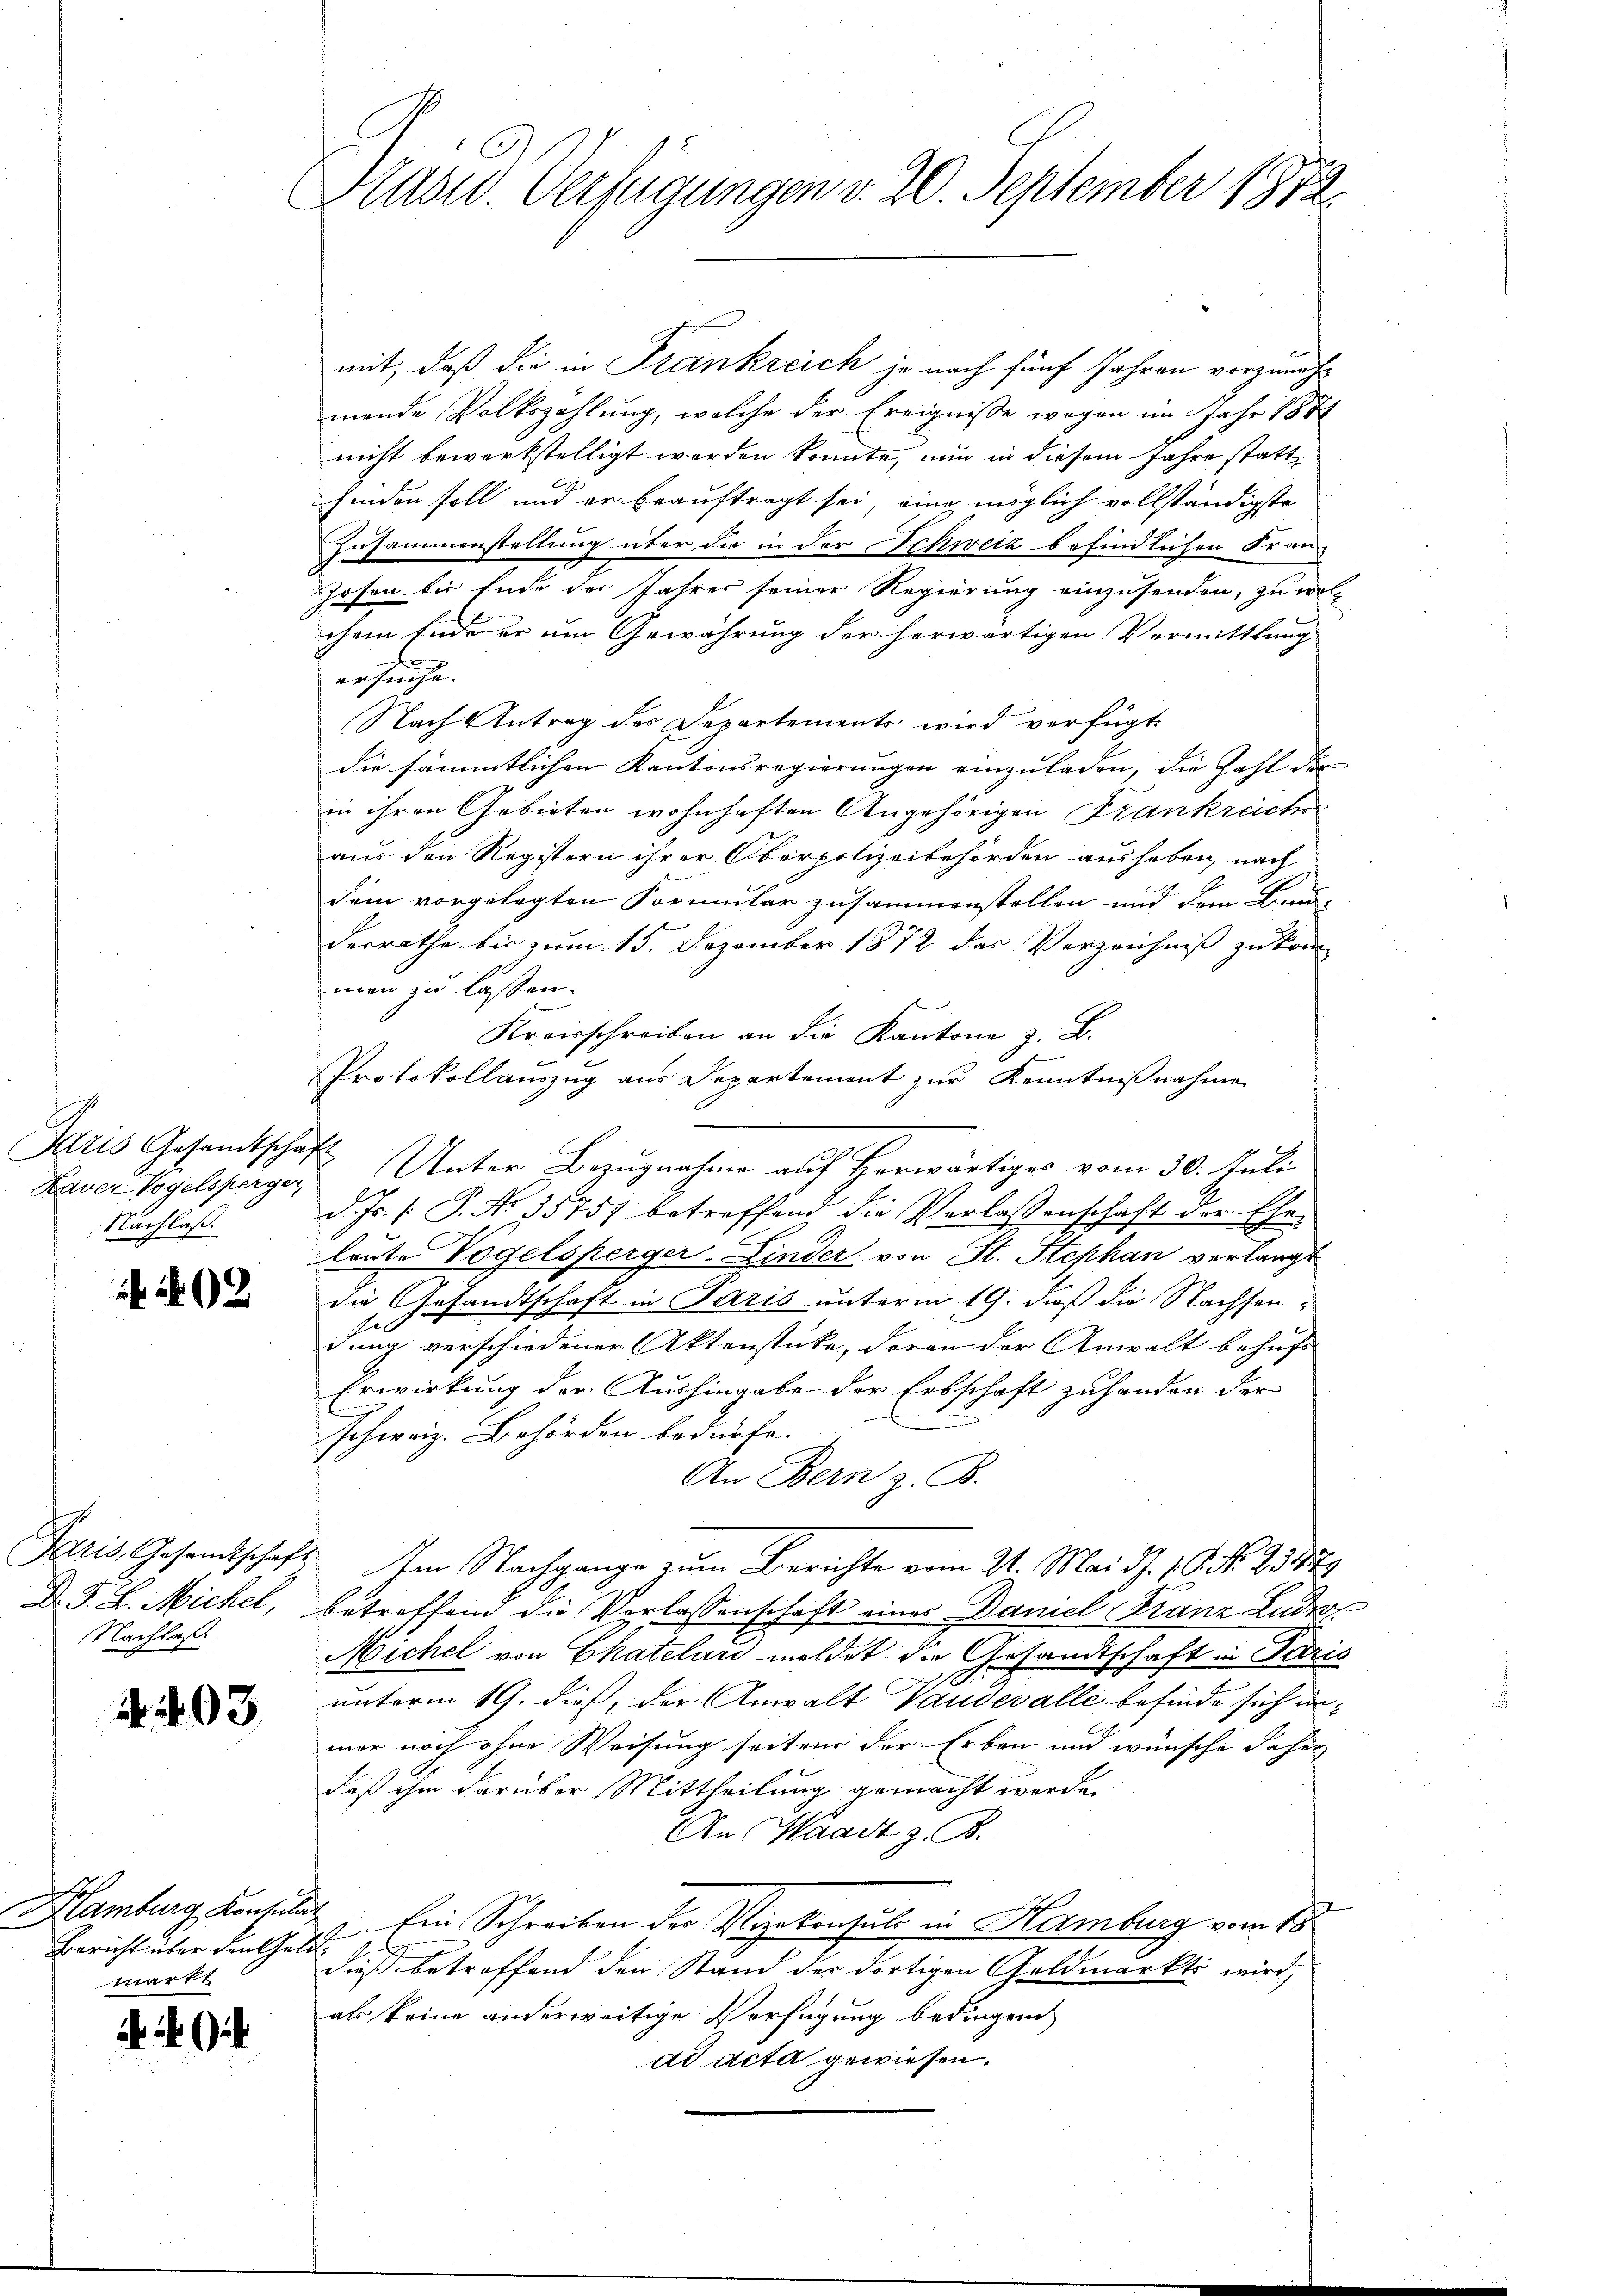
Paris Gesandtschaft
Kaver Vogelsperger
Nachlaß.

92

D. F. L. Michel,
Nachlaß

03.

Bericht über den Geld
markt

. 24

Adsw. Verfügungen v. 20. September 1872.

mit, daß die in Frankreich je nach fünf Jahren vorzunehmende Volkszahlung, welche der Ereignisse wegen im Jahr 1884
nicht bewerkstelligt worden könnte, nun in diesem Jahre statt
finden soll und er beauftragt sei, eine möglich vollständigste
Zusammenstellung über die in der Schweiz befindlichen Fran
Josen bis Ende der Jahres seiner Regierung einzusenden, zu wolchem Ende er um Gewährung der herwärtigen Vermittlung
.
ersuche.
Nach Antrag des Departements wird verfügt:
die sämmtlichen Kantonsregierungen einzuladen, die Zahl der
in ihren Gebieten wohnhaften Angehörigen Frankreiche
aus den Registern ihrer Oberpolizeibehörden aushaben, nach
dem vorgelegten Formular zusammenstellen und dem Band-
derrathe bis zum 15. Dezember 1872 das Verzeichnis zukom
men zu lassen.
e
Kreisschreiben an die Kantone z. B.
Protokollauszug aus Departement zur Kenntnißnahme
Unter Bezugnahme auf Herwärtiger vom 30. Juli
d. Js. f. P. Nr. 35757 betreffend die Verlassenschaft der Ehe-
leute Vogelsperger-Linder von St. Stephan verlangt
die Gesandtschaft in Paris unterm 19. daß die Nachsen¬
1
dung verschiedener Aktenstücke, deren der Anwalt behufs
Erwirkung der Aushingabe der Erbschaft zu handen der
schweiz. Behörden bedürfe.
An Bern z. B.
Paris Gesandtschaft Im Nachgange zum Berichte vom 21. Mai d. 10. N. 23379
betreffend die Vorlassenschaft einer Daniel Franz Lude
Michel von Chatelar meldet die Gesandtschaft in Paris
unterm 19. dieß, der Anwalt Vaudevalle befinde sich unmer noch ohne Weisung seiten der Erben und wünsche daher
daß ihm darüber Mittheilung gemacht werde.
An Waadt z. B.
Hamburg Konsulat, Ein Schreiben der Vizekonsuls in Hamburg vom 18
dieß betreffend den Stand der dortigen Geldmarkti wird,
als keine anderweitige Verfügung bedingen
ad acta gewiesen.